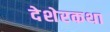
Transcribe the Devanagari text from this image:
देशेरकथा